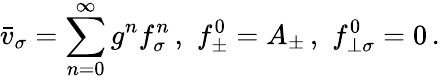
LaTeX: \bar{v}_{\sigma}=\sum_{n=0}^{\infty}g^{n}f_{\sigma}^{n}\, ,\, \, f_{\pm}^{0}=A_{\pm}\, ,\, \, f_{\perp\sigma}^{0}=0\, .